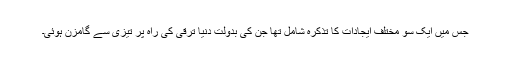
جس میں ایک سَو مختلف ایجادات کا تذکرہ شامل تھا جن کی بدولت دنیا ترقی کی راہ پر تیزی سے گامزن ہُوئی۔